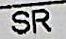
SR